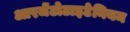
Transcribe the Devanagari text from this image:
आरजेंटोटाइटेनियम